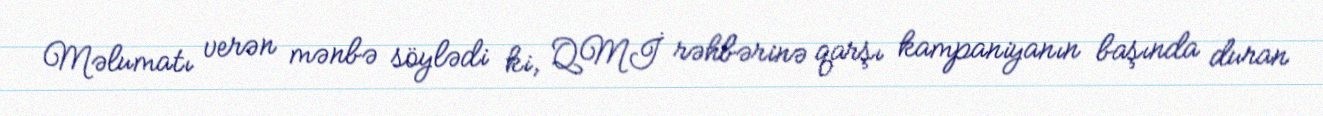
Məlumatı verən mənbə söylədi ki, QMİ rəhbərinə qarşı kampaniyanın başında duran